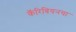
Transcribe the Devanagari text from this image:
कॅरिबियनचा